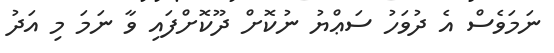
ނަމަވެސް އެ ދުވަހު ސަޢްޔު ނުކޮށް ދޫކޮށްފައި ވާ ނަމަ މި އަދު